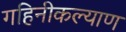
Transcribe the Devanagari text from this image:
गहिनीकल्याण